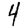
Digit: 4